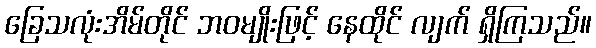
ခြေသလုံးအိမ်တိုင် ဘဝမျိုးဖြင့် နေထိုင် လျက် ရှိကြသည်။